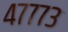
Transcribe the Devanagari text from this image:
४७७७३